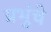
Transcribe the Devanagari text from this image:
प्रभुंचे